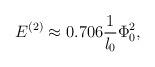
LaTeX: \begin{align*}E^{(2)} \approx 0.706 \frac{1}{l_0} \Phi^2_0,\end{align*}